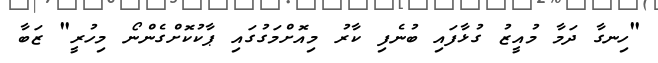
"ހިނގާ ދަމާ މުއީޒު ގުޅާފައި ބުނެފި ކާރު މިއޮށްމަގުގައި ޕާކުކޮށްގެންނޯ މިހުރީ" ޒަބާ